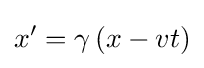
x'=\gamma \left(x-vt\right)